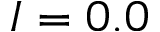
I = 0 . 0